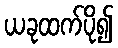
ယခုထက်ပို၍